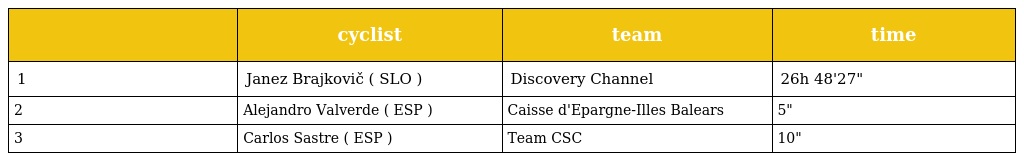
|  | cyclist | team | time |
 | --- | --- | --- | --- |
 | 1 | Janez Brajkovič ( SLO ) | Discovery Channel | 26h 48'27" |
 | 2 | Alejandro Valverde ( ESP ) | Caisse d'Epargne-Illes Balears | 5" |
 | 3 | Carlos Sastre ( ESP ) | Team CSC | 10" |